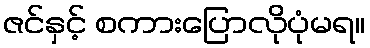
ဇင်နှင့် စကားပြောလိုပုံမရ။